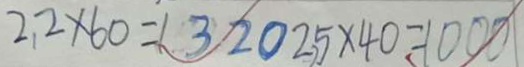
2 . 2 \times 6 0 = 1 3 2 0 2 , 5 \times 4 0 = 1 0 0 0